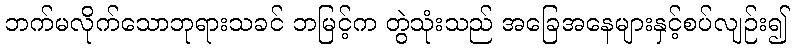
ဘက်မလိုက်သောဘုရားသခင် ဘမြင့်က တွဲသုံးသည် အခြေအနေများနှင့်စပ်လျဉ်း၍